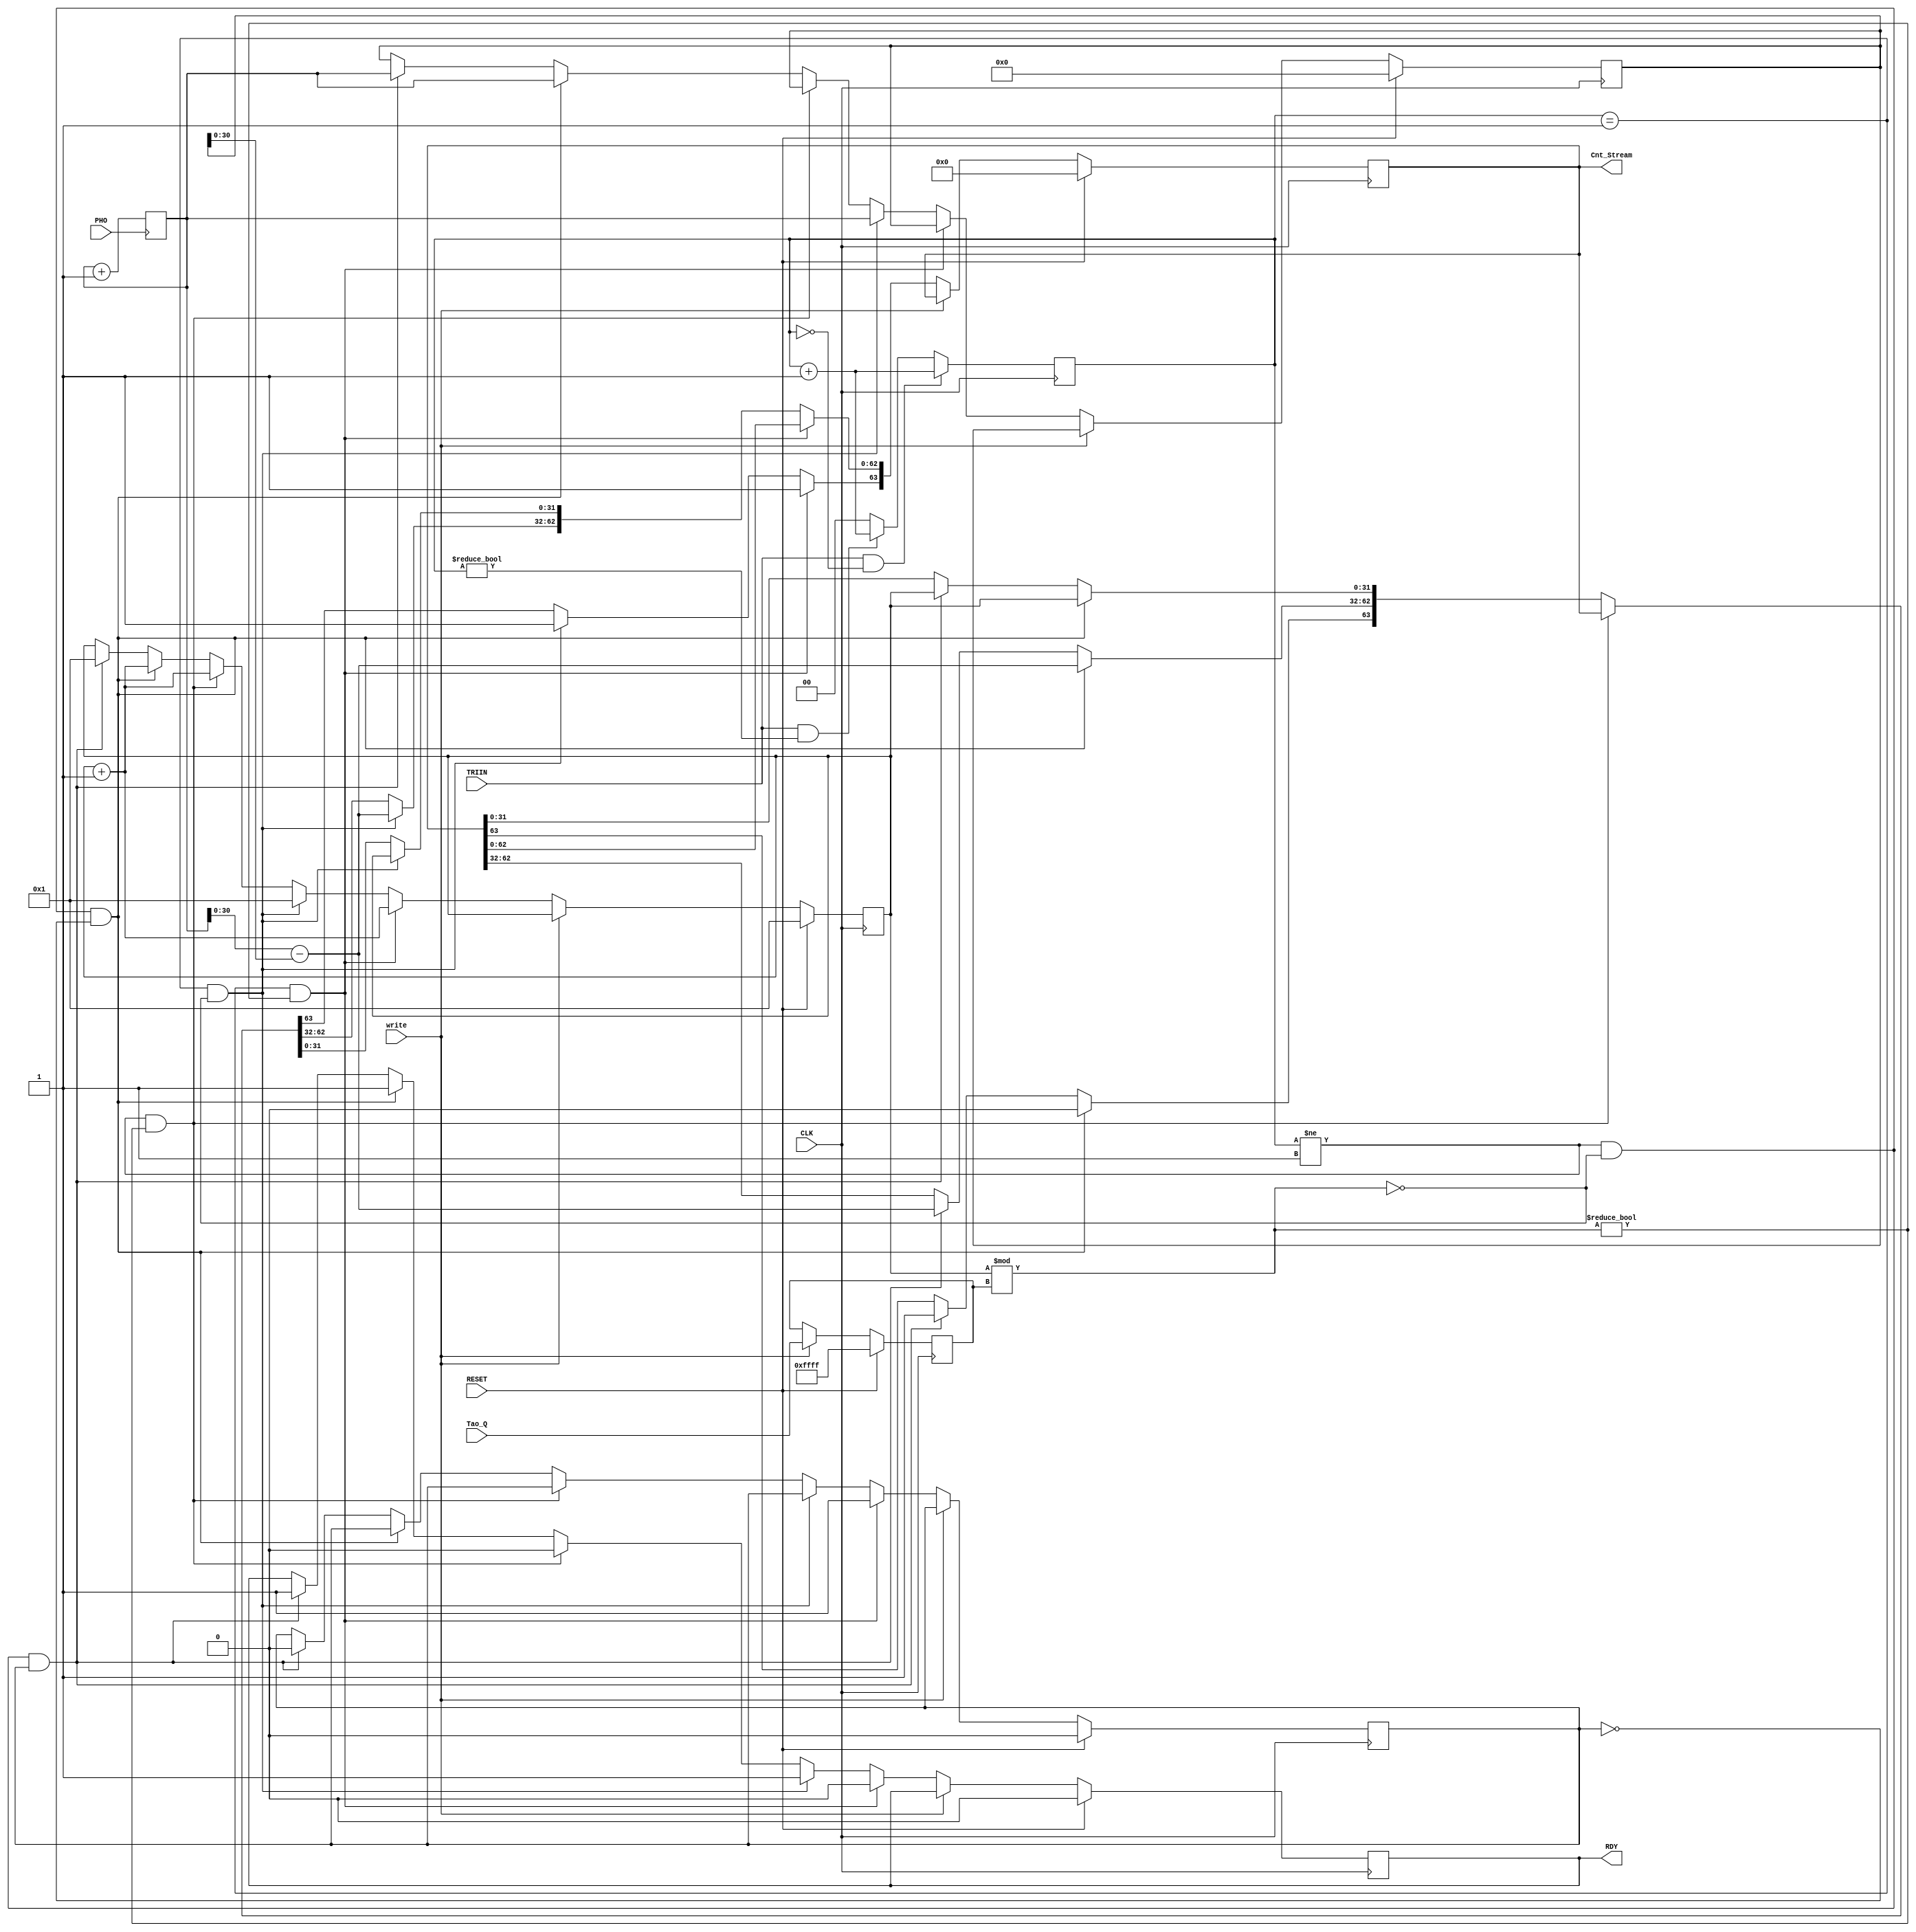
module PlsCnt(CLK, RESET, TRIIN, PHO, write,Tao_Q, Cnt_Stream,RDY);
input CLK,RESET, write,TRIIN,PHO;//clock, trigger for starting, photon count(signal from SPC)
input [31:0] Tao_Q; //how many clock generate one data
output reg [63:0] Cnt_Stream=0;//data for fifo
output reg RDY=1'b0;
reg [31:0] Tao;
reg [31:0] PHO_cnt=0;
reg [1:0]tri_1=2'b0;
always @(posedge CLK)
	if (TRIIN==1'b1 && tri_1==2'b0)begin
		tri_1<=tri_1+1;	
		end
	else if	(TRIIN==1'b1 && tri_1!=2'b0)begin
		tri_1<=tri_1+1;
		end
	else begin
		tri_1=0;
		end

always @(posedge PHO) begin
		PHO_cnt<=PHO_cnt+1'b1;
end	

reg tmp=0;
reg [31:0] CLK_cnt=1'b1,Cnt_tmp1=1'b0,Cnt_tmp2=1'b0;

always @(posedge CLK)
		if (RESET) begin
			RDY<=1'b0;
			Cnt_Stream[63:0]<=0;
			CLK_cnt<=1'b1;
			Cnt_tmp1<=0;
			Cnt_tmp2<=0;
			tmp<=0;
			Tao<=16'hffff;
			end
		
		else if (write) begin
			//RDY<=1'b0;
			//Cnt_Stream[63:0]<=0;
			//Cnt_tmp1<=0;
			//Cnt_tmp2<=0;
			//tmp<=0;
			Tao<=Tao_Q;
			end	
		else if (tri_1==2'b01 && (CLK_cnt)%Tao!=1'b0) begin
			CLK_cnt<=CLK_cnt+1'b1;
			RDY<=1'b0;
			Cnt_Stream[63]<=1'b1;
			tmp<=1'b1;
			end
			
		else if (tri_1==2'b01 && (CLK_cnt)%Tao==1'b0)begin
			Cnt_tmp2=PHO_cnt-Cnt_tmp1;
			Cnt_tmp1=PHO_cnt;
			Cnt_Stream[63:32]=Cnt_tmp2;
			Cnt_Stream[31:0]=CLK_cnt;
			CLK_cnt=CLK_cnt+1'b1;
			Cnt_Stream[63]=1'b1;
			CLK_cnt=1'b1;		
			RDY=1'b1;
			end
			
		else if (tri_1!=2'b01 && (CLK_cnt)%Tao!=1'b0)begin
			CLK_cnt<=CLK_cnt+1'b1;
			RDY<=1'b0;
			//Cnt_Stream[63]<=1'b0;
			end	
		
		else if (tri_1!=2'b01 && (CLK_cnt)%Tao==1'b0 && tmp==1'b0) begin
			Cnt_tmp2=PHO_cnt-Cnt_tmp1;
			Cnt_tmp1=PHO_cnt;
			Cnt_Stream[63:32]=Cnt_tmp2;
			Cnt_Stream[31:0]=CLK_cnt;
			Cnt_Stream[63]=1'b0;
			RDY=1'b1;
			CLK_cnt=CLK_cnt+1'b1;
			end
		else if (tri_1!=2'b01 && (CLK_cnt)%Tao==1'b0 && tmp==1'b1) begin
			tmp=1'b0;
			Cnt_tmp2=PHO_cnt-Cnt_tmp1;
			Cnt_tmp1=PHO_cnt;
			RDY=1'b1;
			Cnt_Stream[63:32]=Cnt_tmp2;
			Cnt_Stream[31:0]=CLK_cnt;
			Cnt_Stream[63]=1'b1;
			CLK_cnt=1'b1;		
			end

endmodule